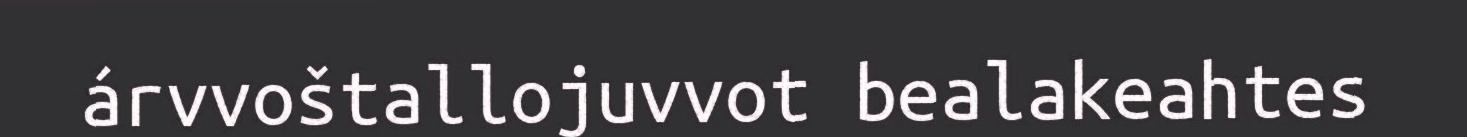
árvvoštallojuvvot bealakeahtes